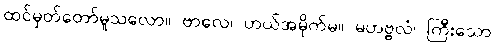
ထင်မှတ်တော်မူသလော။ ဗာလေ၊ ဟယ်အမိုက်မ။ မဟဗ္ဗလံ၊ ကြီးသော